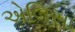
એલિસા